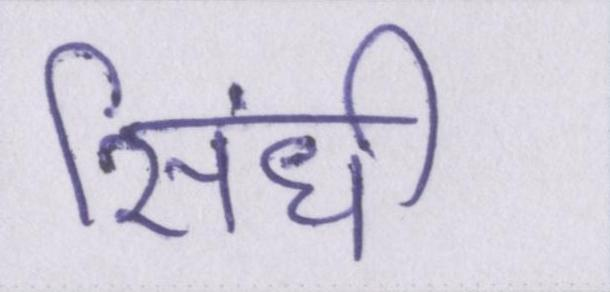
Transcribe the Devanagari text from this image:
सिंधी